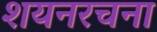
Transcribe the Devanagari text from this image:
शयनरचना